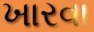
ખારવા